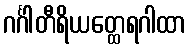
ဂင်္ဂါတီရိယတ္ထေရဂါထာ